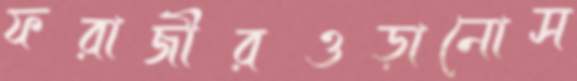
ফরাজীরওড়ানোস